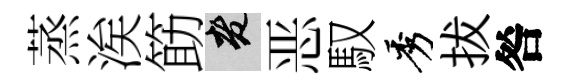
蒸涘筯老恶馭秀拔咎